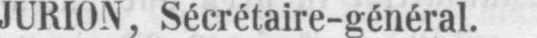
JURION, Sécrétaire-général.